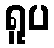
ရူပ